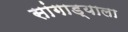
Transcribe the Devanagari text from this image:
सांगाड्याला